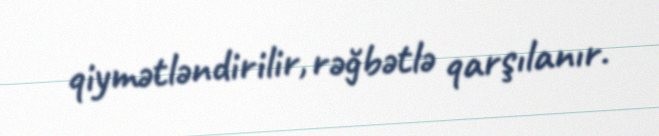
qiymətləndirilir, rəğbətlə qarşılanır.